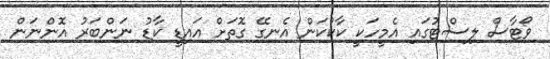
ވޯޓާސް ލިސްޓުގައި އެމީހަކީ ކާކުކަން އެނގޭ ގޮތަށް އައިޑީ ކާޑު ނަންބަރު އޮންނަން